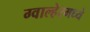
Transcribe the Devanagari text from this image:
ग्वाल्हेरमध्ये